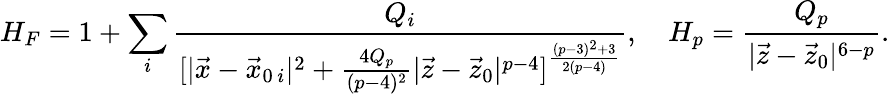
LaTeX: H_{F}=1+\sum_{i}{\frac{Q_{i}}{[|\vec{x}-\vec{x}_{0\, i}|^{2}+{\frac{4Q_{p}}{(p-4)^{2}}}|\vec{z}-\vec{z}_{0}|^{p-4}]^{\frac{(p-3)^{2}+3}{2(p-4)}}}},\ \ \ \ H_{p}={\frac{Q_{p}}{|\vec{z}-\vec{z}_{0}|^{6-p}}}.